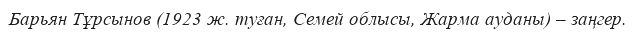
Барьян Тұрсынов (1923 ж. туған, Семей облысы, Жарма ауданы) – заңгер.